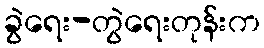
ခွဲရေး-တွဲရေးတုန်းက